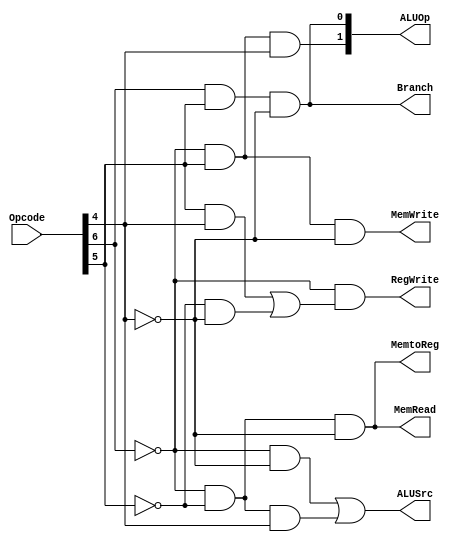
/*
    Name 1:     Ishaan Singh            191CS124
    Name 2:     Ikjot Singh Dhody       191CS123
    Module:     Control Unit - Processor
*/

module CONTROL_UNIT(Branch, MemRead, MemtoReg, ALUOp, MemWrite, ALUSrc, RegWrite, Opcode);

    input [6:0] Opcode;
    output Branch, MemRead, MemtoReg, MemWrite, ALUSrc, RegWrite;
    output [1:0] ALUOp;

    assign ALUOp[1]  =  (~Opcode[6]) & (Opcode[5])  & (Opcode[4]);
    assign Branch    =  (Opcode[6])  & (Opcode[5])  & (~Opcode[4]);
    assign MemWrite  =  (~Opcode[6]) & (Opcode[5])  & (~Opcode[4]);
    assign ALUOp[0]  =  (Opcode[6])  & (Opcode[5])  & (~Opcode[4]);
    assign MemRead   =  (~Opcode[6]) & (~Opcode[5]) & (~Opcode[4]);
    assign MemtoReg  =  (~Opcode[6]) & (~Opcode[5]) & (~Opcode[4]);
    assign ALUSrc    =  (~Opcode[6]) & (~Opcode[4]) | (~Opcode[6] & ~Opcode[5] & Opcode[4]);
    assign RegWrite  =  (~Opcode[6]) & ( (Opcode[5] & Opcode[4]) | (~Opcode[5] & ~Opcode[4]));

endmodule